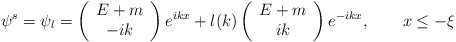
\begin{align*}\psi ^{s}=\psi _{l}=\left( \begin{array}{c}E+m \\ -ik\end{array}\right) e^{ikx}+l(k)\left( \begin{array}{c}E+m \\ ik\end{array}\right) e^{-ikx},\qquad x\leq -\xi\end{align*}